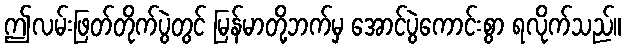
ဤလမ်းဖြတ်တိုက်ပွဲတွင် မြန်မာတို့ဘက်မှ အောင်ပွဲကောင်းစွာ ရလိုက်သည်။